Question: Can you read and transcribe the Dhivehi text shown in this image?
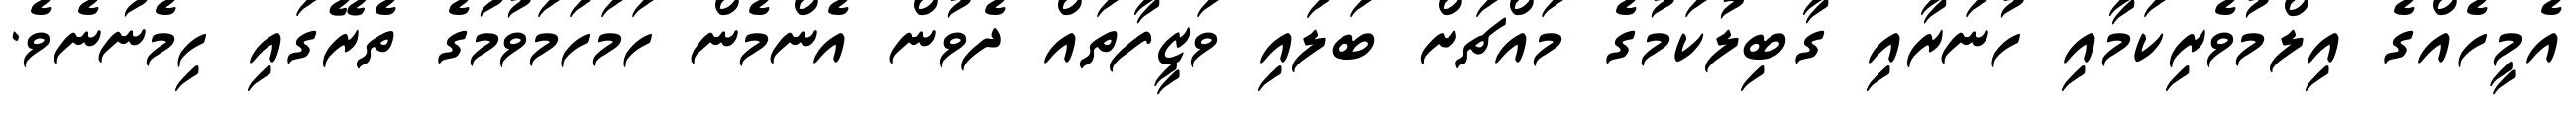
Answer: އެމީހެއްގެ އިލްމުވެރިކަމާއި ހުނަރާއި ގާބިލުކަމުގެ މައްޗަށް ބަލައި ވަޒީފާތައް ދެވުން އެންމެން ހަމަހަމަވުމުގެ ތެރޭގައި ހިމެނުނެވެ.